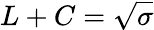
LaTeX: L+C=\sqrt{\sigma}